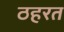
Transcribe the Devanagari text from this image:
ठहरत